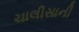
ચાલીસાની